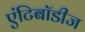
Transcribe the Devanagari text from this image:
एंटिबॉडीज